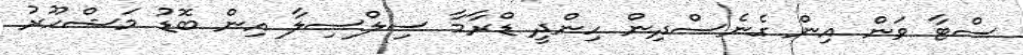
ސްޓާ ވަން އިން ގެނެސްދިން ހިންދީ ޑްރާމާ ސިލްސިލާ އިން ބޮޑު މަޝްހޫރު